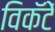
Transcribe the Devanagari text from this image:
विकॅटें